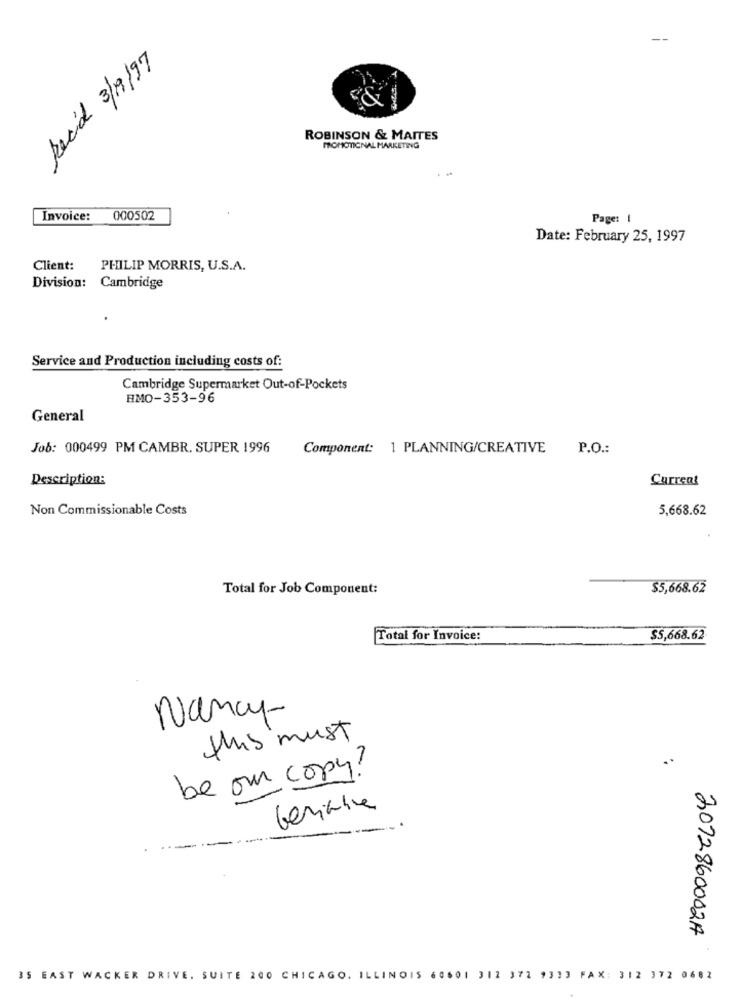
Recid 3/9/97
&1
ROBINSON & MAITES
PROMOTIONAL MARKETING
Invoice: 000502
Page: |
Date: February 25, 1997
Client:
PHILIP MORRIS, U.S.A.
Division: Cambridge
Service and Production including costs of:
Cambridge Supermarket Out-of-Pockets
EMO-353-96
General
Job: 000499 PM CAMBR. SUPER 1996
Component: 1 PLANNING/CREATIVE
P.O .:
Description:
Current
Non Commissionable Costs
5,668.62
Total for Job Component:
$5,668.62
Total for Invoice:
$5,668.62
Nancy
this must
be our copy?
Geniale
2012860002A
35 EAST WACKER DRIVE. SUITE 200 CHICAGO, ILLINOIS 60601 312 372 9313 FAX: 312 372 0682